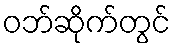
ဝဘ်ဆိုက်တွင်